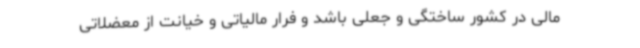
مالی در کشور ساختگی و جعلی باشد و فرار مالیاتی و خیانت از معضلاتی